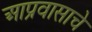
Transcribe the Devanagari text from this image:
आप्रवासाचे